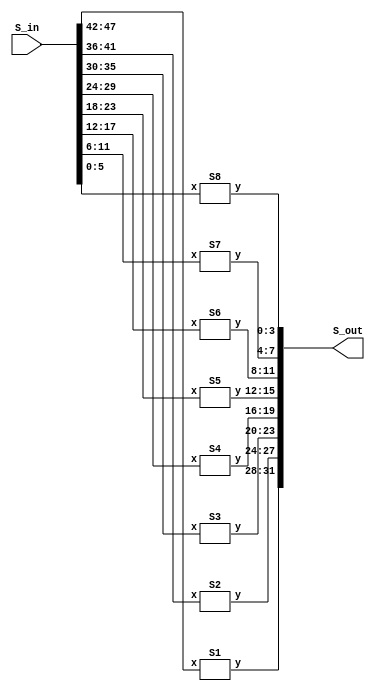
module Sbox (input [47:0] S_in, output [31:0] S_out);
    S1 box1(.x(S_in[47:42]), .y(S_out[31:28]));
    S2 box2(.x(S_in[41:36]), .y(S_out[27:24]));
    S3 box3(.x(S_in[35:30]), .y(S_out[23:20]));
    S4 box4(.x(S_in[29:24]), .y(S_out[19:16]));
    S5 box5(.x(S_in[23:18]), .y(S_out[15:12]));
    S6 box6(.x(S_in[17:12]), .y(S_out[11:8]));
    S7 box7(.x(S_in[11:6]), .y(S_out[7:4]));
    S8 box8(.x(S_in[5:0]), .y(S_out[3:0]));
endmodule

module S1 (input [5:0] x, output [3:0] y);
    reg [3:0] o_data;
    assign y = o_data;
    always @(*) begin
        case ({x[5], x[0]})
            2'd0 : begin
                case (x[4:1])
                    4'd0 : o_data = 4'd14;
                    4'd1 : o_data = 4'd4;
                    4'd2 : o_data = 4'd13;
                    4'd3 : o_data = 4'd1;
                    4'd4 : o_data = 4'd2;
                    4'd5 : o_data = 4'd15;
                    4'd6 : o_data = 4'd11;
                    4'd7 : o_data = 4'd8;
                    4'd8 : o_data = 4'd3;
                    4'd9 : o_data = 4'd10;
                    4'd10 : o_data = 4'd6;
                    4'd11 : o_data = 4'd12;
                    4'd12 : o_data = 4'd5;
                    4'd13 : o_data = 4'd9;
                    4'd14 : o_data = 4'd0;
                    4'd15 : o_data = 4'd7;
                    default : o_data = 0;
                endcase
            end
            2'd1 : begin
                case (x[4:1])
                    4'd0 : o_data = 4'd0;
                    4'd1 : o_data = 4'd15;
                    4'd2 : o_data = 4'd7;
                    4'd3 : o_data = 4'd4;
                    4'd4 : o_data = 4'd14;
                    4'd5 : o_data = 4'd2;
                    4'd6 : o_data = 4'd13;
                    4'd7 : o_data = 4'd1;
                    4'd8 : o_data = 4'd10;
                    4'd9 : o_data = 4'd6;
                    4'd10 : o_data = 4'd12;
                    4'd11 : o_data = 4'd11;
                    4'd12 : o_data = 4'd9;
                    4'd13 : o_data = 4'd5;
                    4'd14 : o_data = 4'd3;
                    4'd15 : o_data = 4'd8;
                    default : o_data = 0;
                endcase
            end
            2'd2 : begin
                case (x[4:1])
                    4'd0 : o_data = 4'd4;
                    4'd1 : o_data = 4'd1;
                    4'd2 : o_data = 4'd14;
                    4'd3 : o_data = 4'd8;
                    4'd4 : o_data = 4'd13;
                    4'd5 : o_data = 4'd6;
                    4'd6 : o_data = 4'd2;
                    4'd7 : o_data = 4'd11;
                    4'd8 : o_data = 4'd15;
                    4'd9 : o_data = 4'd12;
                    4'd10 : o_data = 4'd9;
                    4'd11 : o_data = 4'd7;
                    4'd12 : o_data = 4'd3;
                    4'd13 : o_data = 4'd10;
                    4'd14 : o_data = 4'd5;
                    4'd15 : o_data = 4'd0;
                    default : o_data = 0;
                endcase
            end
            2'd3 : begin
                case (x[4:1])
                    4'd0 : o_data = 4'd15;
                    4'd1 : o_data = 4'd12;
                    4'd2 : o_data = 4'd8;
                    4'd3 : o_data = 4'd2;
                    4'd4 : o_data = 4'd4;
                    4'd5 : o_data = 4'd9;
                    4'd6 : o_data = 4'd1;
                    4'd7 : o_data = 4'd7;
                    4'd8 : o_data = 4'd5;
                    4'd9 : o_data = 4'd11;
                    4'd10 : o_data = 4'd3;
                    4'd11 : o_data = 4'd14;
                    4'd12 : o_data = 4'd10;
                    4'd13 : o_data = 4'd0;
                    4'd14 : o_data = 4'd6;
                    4'd15 : o_data = 4'd13;
                    default : o_data = 0;
                endcase
            end
        endcase
    end
endmodule

module S2 (input [5:0] x, output [3:0] y);
    reg [3:0] o_data;
    assign y = o_data;
    always @(*) begin
        case ({x[5], x[0]})
            2'd0 : begin
                case (x[4:1])
                    4'd0 : o_data = 4'd15;
                    4'd1 : o_data = 4'd1;
                    4'd2 : o_data = 4'd8;
                    4'd3 : o_data = 4'd14;
                    4'd4 : o_data = 4'd6;
                    4'd5 : o_data = 4'd11;
                    4'd6 : o_data = 4'd3;
                    4'd7 : o_data = 4'd4;
                    4'd8 : o_data = 4'd9;
                    4'd9 : o_data = 4'd7;
                    4'd10 : o_data = 4'd2;
                    4'd11 : o_data = 4'd13;
                    4'd12 : o_data = 4'd12;
                    4'd13 : o_data = 4'd0;
                    4'd14 : o_data = 4'd5;
                    4'd15 : o_data = 4'd10;
                    default : o_data = 0;
                endcase
            end
            2'd1 : begin
                case (x[4:1])
                    4'd0 : o_data = 4'd3;
                    4'd1 : o_data = 4'd13;
                    4'd2 : o_data = 4'd4;
                    4'd3 : o_data = 4'd7;
                    4'd4 : o_data = 4'd15;
                    4'd5 : o_data = 4'd2;
                    4'd6 : o_data = 4'd8;
                    4'd7 : o_data = 4'd14;
                    4'd8 : o_data = 4'd12;
                    4'd9 : o_data = 4'd0;
                    4'd10 : o_data = 4'd1;
                    4'd11 : o_data = 4'd10;
                    4'd12 : o_data = 4'd6;
                    4'd13 : o_data = 4'd9;
                    4'd14 : o_data = 4'd11;
                    4'd15 : o_data = 4'd5;
                    default : o_data = 0;
                endcase
            end
            2'd2 : begin
                case (x[4:1])
                    4'd0 : o_data = 4'd0;
                    4'd1 : o_data = 4'd14;
                    4'd2 : o_data = 4'd7;
                    4'd3 : o_data = 4'd11;
                    4'd4 : o_data = 4'd10;
                    4'd5 : o_data = 4'd4;
                    4'd6 : o_data = 4'd13;
                    4'd7 : o_data = 4'd1;
                    4'd8 : o_data = 4'd5;
                    4'd9 : o_data = 4'd8;
                    4'd10 : o_data = 4'd12;
                    4'd11 : o_data = 4'd6;
                    4'd12 : o_data = 4'd9;
                    4'd13 : o_data = 4'd3;
                    4'd14 : o_data = 4'd2;
                    4'd15 : o_data = 4'd15;
                    default : o_data = 0;
                endcase
            end
            2'd3 : begin
                case (x[4:1])
                    4'd0 : o_data = 4'd13;
                    4'd1 : o_data = 4'd8;
                    4'd2 : o_data = 4'd10;
                    4'd3 : o_data = 4'd1;
                    4'd4 : o_data = 4'd3;
                    4'd5 : o_data = 4'd15;
                    4'd6 : o_data = 4'd4;
                    4'd7 : o_data = 4'd2;
                    4'd8 : o_data = 4'd11;
                    4'd9 : o_data = 4'd6;
                    4'd10 : o_data = 4'd7;
                    4'd11 : o_data = 4'd12;
                    4'd12 : o_data = 4'd0;
                    4'd13 : o_data = 4'd5;
                    4'd14 : o_data = 4'd14;
                    4'd15 : o_data = 4'd9;
                    default : o_data = 0;
                endcase
            end
        endcase
    end
endmodule

module S3 (input [5:0] x, output [3:0] y);
    reg [3:0] o_data;
    assign y = o_data;
    always @(*) begin
        case ({x[5], x[0]})
            2'd0 : begin
                case (x[4:1])
                    4'd0 : o_data = 4'd10;
                    4'd1 : o_data = 4'd0;
                    4'd2 : o_data = 4'd9;
                    4'd3 : o_data = 4'd14;
                    4'd4 : o_data = 4'd6;
                    4'd5 : o_data = 4'd3;
                    4'd6 : o_data = 4'd15;
                    4'd7 : o_data = 4'd5;
                    4'd8 : o_data = 4'd1;
                    4'd9 : o_data = 4'd13;
                    4'd10 : o_data = 4'd12;
                    4'd11 : o_data = 4'd7;
                    4'd12 : o_data = 4'd11;
                    4'd13 : o_data = 4'd4;
                    4'd14 : o_data = 4'd2;
                    4'd15 : o_data = 4'd8;
                    default : o_data = 0;
                endcase
            end
            2'd1 : begin
                case (x[4:1])
                    4'd0 : o_data = 4'd13;
                    4'd1 : o_data = 4'd7;
                    4'd2 : o_data = 4'd0;
                    4'd3 : o_data = 4'd9;
                    4'd4 : o_data = 4'd3;
                    4'd5 : o_data = 4'd4;
                    4'd6 : o_data = 4'd6;
                    4'd7 : o_data = 4'd10;
                    4'd8 : o_data = 4'd2;
                    4'd9 : o_data = 4'd8;
                    4'd10 : o_data = 4'd5;
                    4'd11 : o_data = 4'd14;
                    4'd12 : o_data = 4'd12;
                    4'd13 : o_data = 4'd11;
                    4'd14 : o_data = 4'd15;
                    4'd15 : o_data = 4'd1;
                    default : o_data = 0;
                endcase
            end
            2'd2 : begin
                case (x[4:1])
                    4'd0 : o_data = 4'd13;
                    4'd1 : o_data = 4'd6;
                    4'd2 : o_data = 4'd4;
                    4'd3 : o_data = 4'd9;
                    4'd4 : o_data = 4'd8;
                    4'd5 : o_data = 4'd15;
                    4'd6 : o_data = 4'd3;
                    4'd7 : o_data = 4'd0;
                    4'd8 : o_data = 4'd11;
                    4'd9 : o_data = 4'd1;
                    4'd10 : o_data = 4'd2;
                    4'd11 : o_data = 4'd12;
                    4'd12 : o_data = 4'd5;
                    4'd13 : o_data = 4'd10;
                    4'd14 : o_data = 4'd14;
                    4'd15 : o_data = 4'd7;
                    default : o_data = 0;
                endcase
            end
            2'd3 : begin
                case (x[4:1])
                    4'd0 : o_data = 4'd1;
                    4'd1 : o_data = 4'd10;
                    4'd2 : o_data = 4'd13;
                    4'd3 : o_data = 4'd0;
                    4'd4 : o_data = 4'd6;
                    4'd5 : o_data = 4'd9;
                    4'd6 : o_data = 4'd8;
                    4'd7 : o_data = 4'd7;
                    4'd8 : o_data = 4'd4;
                    4'd9 : o_data = 4'd15;
                    4'd10 : o_data = 4'd14;
                    4'd11 : o_data = 4'd3;
                    4'd12 : o_data = 4'd11;
                    4'd13 : o_data = 4'd5;
                    4'd14 : o_data = 4'd2;
                    4'd15 : o_data = 4'd12;
                    default : o_data = 0;
                endcase
            end
        endcase
    end
endmodule

module S4 (input [5:0] x, output [3:0] y);
    reg [3:0] o_data;
    assign y = o_data;
    always @(*) begin
        case ({x[5], x[0]})
            2'd0 : begin
                case (x[4:1])
                    4'd0 : o_data = 4'd7;
                    4'd1 : o_data = 4'd13;
                    4'd2 : o_data = 4'd14;
                    4'd3 : o_data = 4'd3;
                    4'd4 : o_data = 4'd0;
                    4'd5 : o_data = 4'd6;
                    4'd6 : o_data = 4'd9;
                    4'd7 : o_data = 4'd10;
                    4'd8 : o_data = 4'd1;
                    4'd9 : o_data = 4'd2;
                    4'd10 : o_data = 4'd8;
                    4'd11 : o_data = 4'd5;
                    4'd12 : o_data = 4'd11;
                    4'd13 : o_data = 4'd12;
                    4'd14 : o_data = 4'd4;
                    4'd15 : o_data = 4'd15;
                    default : o_data = 0;
                endcase
            end
            2'd1 : begin
                case (x[4:1])
                    4'd0 : o_data = 4'd13;
                    4'd1 : o_data = 4'd8;
                    4'd2 : o_data = 4'd11;
                    4'd3 : o_data = 4'd5;
                    4'd4 : o_data = 4'd6;
                    4'd5 : o_data = 4'd15;
                    4'd6 : o_data = 4'd0;
                    4'd7 : o_data = 4'd3;
                    4'd8 : o_data = 4'd4;
                    4'd9 : o_data = 4'd7;
                    4'd10 : o_data = 4'd2;
                    4'd11 : o_data = 4'd12;
                    4'd12 : o_data = 4'd1;
                    4'd13 : o_data = 4'd10;
                    4'd14 : o_data = 4'd14;
                    4'd15 : o_data = 4'd9;
                    default : o_data = 0;
                endcase
            end
            2'd2 : begin
                case (x[4:1])
                    4'd0 : o_data = 4'd10;
                    4'd1 : o_data = 4'd6;
                    4'd2 : o_data = 4'd9;
                    4'd3 : o_data = 4'd0;
                    4'd4 : o_data = 4'd12;
                    4'd5 : o_data = 4'd11;
                    4'd6 : o_data = 4'd7;
                    4'd7 : o_data = 4'd13;
                    4'd8 : o_data = 4'd15;
                    4'd9 : o_data = 4'd1;
                    4'd10 : o_data = 4'd3;
                    4'd11 : o_data = 4'd14;
                    4'd12 : o_data = 4'd5;
                    4'd13 : o_data = 4'd2;
                    4'd14 : o_data = 4'd8;
                    4'd15 : o_data = 4'd4;
                    default : o_data = 0;
                endcase
            end
            2'd3 : begin
                case (x[4:1])
                    4'd0 : o_data = 4'd3;
                    4'd1 : o_data = 4'd15;
                    4'd2 : o_data = 4'd0;
                    4'd3 : o_data = 4'd6;
                    4'd4 : o_data = 4'd10;
                    4'd5 : o_data = 4'd1;
                    4'd6 : o_data = 4'd13;
                    4'd7 : o_data = 4'd8;
                    4'd8 : o_data = 4'd9;
                    4'd9 : o_data = 4'd4;
                    4'd10 : o_data = 4'd5;
                    4'd11 : o_data = 4'd11;
                    4'd12 : o_data = 4'd12;
                    4'd13 : o_data = 4'd7;
                    4'd14 : o_data = 4'd2;
                    4'd15 : o_data = 4'd14;
                    default : o_data = 0;
                endcase
            end
        endcase
    end
endmodule

module S5 (input [5:0] x, output [3:0] y);
    reg [3:0] o_data;
    assign y = o_data;
    always @(*) begin
        case ({x[5], x[0]})
            2'd0 : begin
                case (x[4:1])
                    4'd0 : o_data = 4'd2;
                    4'd1 : o_data = 4'd12;
                    4'd2 : o_data = 4'd4;
                    4'd3 : o_data = 4'd1;
                    4'd4 : o_data = 4'd7;
                    4'd5 : o_data = 4'd10;
                    4'd6 : o_data = 4'd11;
                    4'd7 : o_data = 4'd6;
                    4'd8 : o_data = 4'd8;
                    4'd9 : o_data = 4'd5;
                    4'd10 : o_data = 4'd3;
                    4'd11 : o_data = 4'd15;
                    4'd12 : o_data = 4'd13;
                    4'd13 : o_data = 4'd0;
                    4'd14 : o_data = 4'd14;
                    4'd15 : o_data = 4'd9;
                    default : o_data = 0;
                endcase
            end
            2'd1 : begin
                case (x[4:1])
                    4'd0 : o_data = 4'd14;
                    4'd1 : o_data = 4'd11;
                    4'd2 : o_data = 4'd2;
                    4'd3 : o_data = 4'd12;
                    4'd4 : o_data = 4'd4;
                    4'd5 : o_data = 4'd7;
                    4'd6 : o_data = 4'd13;
                    4'd7 : o_data = 4'd1;
                    4'd8 : o_data = 4'd5;
                    4'd9 : o_data = 4'd0;
                    4'd10 : o_data = 4'd15;
                    4'd11 : o_data = 4'd10;
                    4'd12 : o_data = 4'd3;
                    4'd13 : o_data = 4'd9;
                    4'd14 : o_data = 4'd8;
                    4'd15 : o_data = 4'd6;
                    default : o_data = 0;
                endcase
            end
            2'd2 : begin
                case (x[4:1])
                    4'd0 : o_data = 4'd4;
                    4'd1 : o_data = 4'd2;
                    4'd2 : o_data = 4'd1;
                    4'd3 : o_data = 4'd11;
                    4'd4 : o_data = 4'd10;
                    4'd5 : o_data = 4'd13;
                    4'd6 : o_data = 4'd7;
                    4'd7 : o_data = 4'd8;
                    4'd8 : o_data = 4'd15;
                    4'd9 : o_data = 4'd9;
                    4'd10 : o_data = 4'd12;
                    4'd11 : o_data = 4'd5;
                    4'd12 : o_data = 4'd6;
                    4'd13 : o_data = 4'd3;
                    4'd14 : o_data = 4'd0;
                    4'd15 : o_data = 4'd14;
                    default : o_data = 0;
                endcase
            end
            2'd3 : begin
                case (x[4:1])
                    4'd0 : o_data = 4'd11;
                    4'd1 : o_data = 4'd8;
                    4'd2 : o_data = 4'd12;
                    4'd3 : o_data = 4'd7;
                    4'd4 : o_data = 4'd1;
                    4'd5 : o_data = 4'd14;
                    4'd6 : o_data = 4'd2;
                    4'd7 : o_data = 4'd13;
                    4'd8 : o_data = 4'd6;
                    4'd9 : o_data = 4'd15;
                    4'd10 : o_data = 4'd0;
                    4'd11 : o_data = 4'd9;
                    4'd12 : o_data = 4'd10;
                    4'd13 : o_data = 4'd4;
                    4'd14 : o_data = 4'd5;
                    4'd15 : o_data = 4'd3;
                    default : o_data = 0;
                endcase
            end
        endcase
    end
endmodule

module S6 (input [5:0] x, output [3:0] y);
    reg [3:0] o_data;
    assign y = o_data;
    always @(*) begin
        case ({x[5], x[0]})
            2'd0 : begin
                case (x[4:1])
                    4'd0 : o_data = 4'd12;
                    4'd1 : o_data = 4'd1;
                    4'd2 : o_data = 4'd10;
                    4'd3 : o_data = 4'd15;
                    4'd4 : o_data = 4'd9;
                    4'd5 : o_data = 4'd2;
                    4'd6 : o_data = 4'd6;
                    4'd7 : o_data = 4'd8;
                    4'd8 : o_data = 4'd0;
                    4'd9 : o_data = 4'd13;
                    4'd10 : o_data = 4'd3;
                    4'd11 : o_data = 4'd4;
                    4'd12 : o_data = 4'd14;
                    4'd13 : o_data = 4'd7;
                    4'd14 : o_data = 4'd5;
                    4'd15 : o_data = 4'd11;
                    default : o_data = 0;
                endcase
            end
            2'd1 : begin
                case (x[4:1])
                    4'd0 : o_data = 4'd10;
                    4'd1 : o_data = 4'd15;
                    4'd2 : o_data = 4'd4;
                    4'd3 : o_data = 4'd2;
                    4'd4 : o_data = 4'd7;
                    4'd5 : o_data = 4'd12;
                    4'd6 : o_data = 4'd9;
                    4'd7 : o_data = 4'd5;
                    4'd8 : o_data = 4'd6;
                    4'd9 : o_data = 4'd1;
                    4'd10 : o_data = 4'd13;
                    4'd11 : o_data = 4'd14;
                    4'd12 : o_data = 4'd0;
                    4'd13 : o_data = 4'd11;
                    4'd14 : o_data = 4'd3;
                    4'd15 : o_data = 4'd8;
                    default : o_data = 0;
                endcase
            end
            2'd2 : begin
                case (x[4:1])
                    4'd0 : o_data = 4'd9;
                    4'd1 : o_data = 4'd14;
                    4'd2 : o_data = 4'd15;
                    4'd3 : o_data = 4'd5;
                    4'd4 : o_data = 4'd2;
                    4'd5 : o_data = 4'd8;
                    4'd6 : o_data = 4'd12;
                    4'd7 : o_data = 4'd3;
                    4'd8 : o_data = 4'd7;
                    4'd9 : o_data = 4'd0;
                    4'd10 : o_data = 4'd4;
                    4'd11 : o_data = 4'd10;
                    4'd12 : o_data = 4'd1;
                    4'd13 : o_data = 4'd13;
                    4'd14 : o_data = 4'd11;
                    4'd15 : o_data = 4'd6;
                    default : o_data = 0;
                endcase
            end
            2'd3 : begin
                case (x[4:1])
                    4'd0 : o_data = 4'd4;
                    4'd1 : o_data = 4'd3;
                    4'd2 : o_data = 4'd2;
                    4'd3 : o_data = 4'd12;
                    4'd4 : o_data = 4'd9;
                    4'd5 : o_data = 4'd5;
                    4'd6 : o_data = 4'd15;
                    4'd7 : o_data = 4'd10;
                    4'd8 : o_data = 4'd11;
                    4'd9 : o_data = 4'd14;
                    4'd10 : o_data = 4'd1;
                    4'd11 : o_data = 4'd7;
                    4'd12 : o_data = 4'd6;
                    4'd13 : o_data = 4'd0;
                    4'd14 : o_data = 4'd8;
                    4'd15 : o_data = 4'd13;
                    default : o_data = 0;
                endcase
            end
        endcase
    end
endmodule

module S7 (input [5:0] x, output [3:0] y);
    reg [3:0] o_data;
    assign y = o_data;
    always @(*) begin
        case ({x[5], x[0]})
            2'd0 : begin
                case (x[4:1])
                    4'd0 : o_data = 4'd4;
                    4'd1 : o_data = 4'd11;
                    4'd2 : o_data = 4'd2;
                    4'd3 : o_data = 4'd14;
                    4'd4 : o_data = 4'd15;
                    4'd5 : o_data = 4'd0;
                    4'd6 : o_data = 4'd8;
                    4'd7 : o_data = 4'd13;
                    4'd8 : o_data = 4'd3;
                    4'd9 : o_data = 4'd12;
                    4'd10 : o_data = 4'd9;
                    4'd11 : o_data = 4'd7;
                    4'd12 : o_data = 4'd5;
                    4'd13 : o_data = 4'd10;
                    4'd14 : o_data = 4'd6;
                    4'd15 : o_data = 4'd1;
                    default : o_data = 0;
                endcase
            end
            2'd1 : begin
                case (x[4:1])
                    4'd0 : o_data = 4'd13;
                    4'd1 : o_data = 4'd0;
                    4'd2 : o_data = 4'd11;
                    4'd3 : o_data = 4'd7;
                    4'd4 : o_data = 4'd4;
                    4'd5 : o_data = 4'd9;
                    4'd6 : o_data = 4'd1;
                    4'd7 : o_data = 4'd10;
                    4'd8 : o_data = 4'd14;
                    4'd9 : o_data = 4'd3;
                    4'd10 : o_data = 4'd5;
                    4'd11 : o_data = 4'd12;
                    4'd12 : o_data = 4'd2;
                    4'd13 : o_data = 4'd15;
                    4'd14 : o_data = 4'd8;
                    4'd15 : o_data = 4'd6;
                    default : o_data = 0;
                endcase
            end
            2'd2 : begin
                case (x[4:1])
                    4'd0 : o_data = 4'd1;
                    4'd1 : o_data = 4'd4;
                    4'd2 : o_data = 4'd11;
                    4'd3 : o_data = 4'd13;
                    4'd4 : o_data = 4'd12;
                    4'd5 : o_data = 4'd3;
                    4'd6 : o_data = 4'd7;
                    4'd7 : o_data = 4'd14;
                    4'd8 : o_data = 4'd10;
                    4'd9 : o_data = 4'd15;
                    4'd10 : o_data = 4'd6;
                    4'd11 : o_data = 4'd8;
                    4'd12 : o_data = 4'd0;
                    4'd13 : o_data = 4'd5;
                    4'd14 : o_data = 4'd9;
                    4'd15 : o_data = 4'd2;
                    default : o_data = 0;
                endcase
            end
            2'd3 : begin
                case (x[4:1])
                    4'd0 : o_data = 4'd6;
                    4'd1 : o_data = 4'd11;
                    4'd2 : o_data = 4'd13;
                    4'd3 : o_data = 4'd8;
                    4'd4 : o_data = 4'd1;
                    4'd5 : o_data = 4'd4;
                    4'd6 : o_data = 4'd10;
                    4'd7 : o_data = 4'd7;
                    4'd8 : o_data = 4'd9;
                    4'd9 : o_data = 4'd5;
                    4'd10 : o_data = 4'd0;
                    4'd11 : o_data = 4'd15;
                    4'd12 : o_data = 4'd14;
                    4'd13 : o_data = 4'd2;
                    4'd14 : o_data = 4'd3;
                    4'd15 : o_data = 4'd12;
                    default : o_data = 0;
                endcase
            end
        endcase
    end
endmodule

module S8 (input [5:0] x, output [3:0] y);
    reg [3:0] o_data;
    assign y = o_data;
    always @(*) begin
        case ({x[5], x[0]})
            2'd0 : begin
                case (x[4:1])
                    4'd0 : o_data = 4'd13;
                    4'd1 : o_data = 4'd2;
                    4'd2 : o_data = 4'd8;
                    4'd3 : o_data = 4'd4;
                    4'd4 : o_data = 4'd6;
                    4'd5 : o_data = 4'd15;
                    4'd6 : o_data = 4'd11;
                    4'd7 : o_data = 4'd1;
                    4'd8 : o_data = 4'd10;
                    4'd9 : o_data = 4'd9;
                    4'd10 : o_data = 4'd3;
                    4'd11 : o_data = 4'd14;
                    4'd12 : o_data = 4'd5;
                    4'd13 : o_data = 4'd0;
                    4'd14 : o_data = 4'd12;
                    4'd15 : o_data = 4'd7;
                    default : o_data = 0;
                endcase
            end
            2'd1 : begin
                case (x[4:1])
                    4'd0 : o_data = 4'd1;
                    4'd1 : o_data = 4'd15;
                    4'd2 : o_data = 4'd13;
                    4'd3 : o_data = 4'd8;
                    4'd4 : o_data = 4'd10;
                    4'd5 : o_data = 4'd3;
                    4'd6 : o_data = 4'd7;
                    4'd7 : o_data = 4'd4;
                    4'd8 : o_data = 4'd12;
                    4'd9 : o_data = 4'd5;
                    4'd10 : o_data = 4'd6;
                    4'd11 : o_data = 4'd11;
                    4'd12 : o_data = 4'd0;
                    4'd13 : o_data = 4'd14;
                    4'd14 : o_data = 4'd9;
                    4'd15 : o_data = 4'd2;
                    default : o_data = 0;
                endcase
            end
            2'd2 : begin
                case (x[4:1])
                    4'd0 : o_data = 4'd7;
                    4'd1 : o_data = 4'd11;
                    4'd2 : o_data = 4'd4;
                    4'd3 : o_data = 4'd1;
                    4'd4 : o_data = 4'd9;
                    4'd5 : o_data = 4'd12;
                    4'd6 : o_data = 4'd14;
                    4'd7 : o_data = 4'd2;
                    4'd8 : o_data = 4'd0;
                    4'd9 : o_data = 4'd6;
                    4'd10 : o_data = 4'd10;
                    4'd11 : o_data = 4'd13;
                    4'd12 : o_data = 4'd15;
                    4'd13 : o_data = 4'd3;
                    4'd14 : o_data = 4'd5;
                    4'd15 : o_data = 4'd8;
                    default : o_data = 0;
                endcase
            end
            2'd3 : begin
                case (x[4:1])
                    4'd0 : o_data = 4'd2;
                    4'd1 : o_data = 4'd1;
                    4'd2 : o_data = 4'd14;
                    4'd3 : o_data = 4'd7;
                    4'd4 : o_data = 4'd4;
                    4'd5 : o_data = 4'd10;
                    4'd6 : o_data = 4'd8;
                    4'd7 : o_data = 4'd13;
                    4'd8 : o_data = 4'd15;
                    4'd9 : o_data = 4'd12;
                    4'd10 : o_data = 4'd9;
                    4'd11 : o_data = 4'd0;
                    4'd12 : o_data = 4'd3;
                    4'd13 : o_data = 4'd5;
                    4'd14 : o_data = 4'd6;
                    4'd15 : o_data = 4'd11;
                    default : o_data = 0;
                endcase
            end
        endcase
    end
endmodule